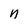
Character: n